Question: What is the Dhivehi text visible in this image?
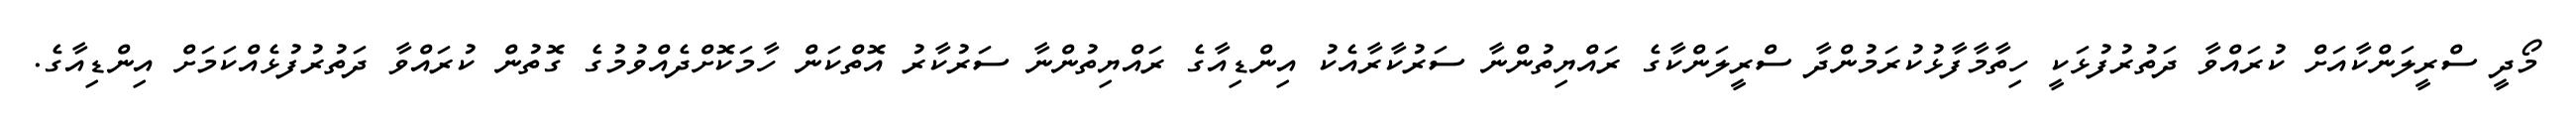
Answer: މޯދީ ސްރީލަންކާއަށް ކުރައްވާ ދަތުރުފުޅަކީ ހިތާމާފާޅުކުރަމުންދާ ސްރީލަންކާގެ ރައްޔިތުންނާ ސަރުކާރާއެކު އިންޑިއާގެ ރައްޔިތުންނާ ސަރުކާރު އޮތްކަން ހާމަކޮށްދެއްވުމުގެ ގޮތުން ކުރައްވާ ދަތުރުފުޅެއްކަމަށް އިންޑިއާގެ.